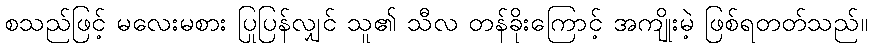
စသည်ဖြင့် မလေးမစား ပြုပြန်လျှင် သူ၏ သီလ တန်ခိုးကြောင့် အကျိုးမဲ့ ဖြစ်ရတတ်သည်။